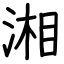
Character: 湘